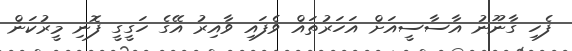
ފެހި ގާނޫނު އާސާސީއަށް އަހަރުތައް ވެފައި ވާއިރު އޭގެ ހަގީގީ ފޮނި މީރުކަން